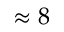
\approx 8